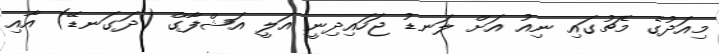
މިއަދުގެ މެޗުގައި ނިއު އަށް ލަނޑު ޖަހައިދިނީ އަލީ އަޝްފާގް (ދަގަނޑޭ) އާއި